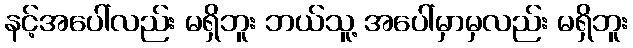
နင့်အပေါ်လည်း မရှိဘူး ဘယ်သူ့ အပေါ်မှာမှလည်း မရှိဘူး